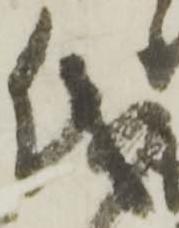
儀